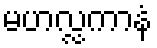
မဟလ္လကာနံ